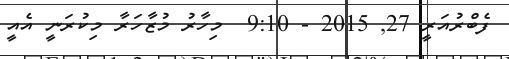
ފެބްރުއަރީ 27